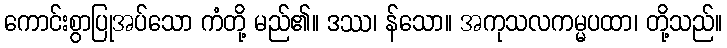
ကောင်းစွာပြုအပ်သော ကံတို့ မည်၏။ ဒဿ၊ န်သော။ အကုသလကမ္မပထာ၊ တို့သည်။